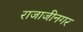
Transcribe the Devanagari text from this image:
राजाजीनगर